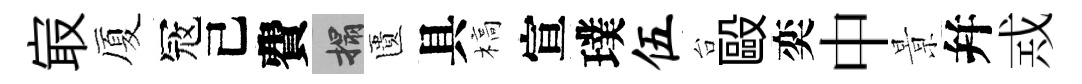
㝡厦冦己費搨匱具槁宣璞伍台毆奕中㬌幷𢦶